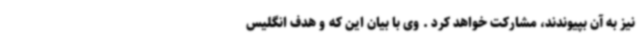
نیز به آن بپیوندند، مشارکت خواهد کرد . وی با بیان این که و هدف انگلیس